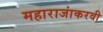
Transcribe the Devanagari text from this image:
महाराजांकरवी